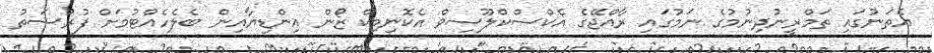
އެތަނުގައި ތަމްރީނުދިނުމުގެ ނަމުގައި ރާއްޖޭގެ އެކްސްކްލޫސިވް އެކޮނިމިކް ޒޯން އިންޑިޔާއިން ބެލެހެއްޓުމަށް ފުރުސަތު